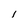
Character: 1